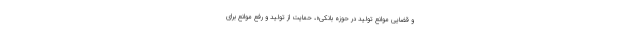
و قضایی موانع تولید در حوزه بانکی»، حمایت از تولید و رفع موانع برای